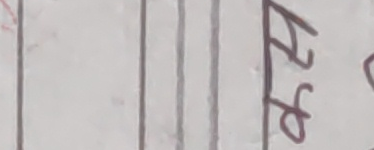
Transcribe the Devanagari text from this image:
५१